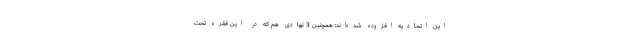
این اتحادیه افزوده شده‌اند: همچنین 3 نهاد‌ی هم که در این فقره تحت